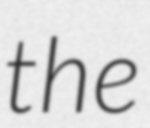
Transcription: the